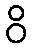
ဝိ